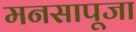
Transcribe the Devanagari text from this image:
मनसापूजा